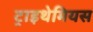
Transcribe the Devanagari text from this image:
ट्राइथेमियस